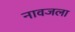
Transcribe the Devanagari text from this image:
नावजला